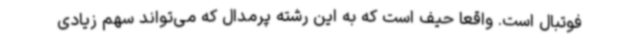
فوتبال است. واقعا حیف است که به این رشته پرمدال که می‌تواند سهم زیادی